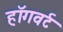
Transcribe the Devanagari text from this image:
हॉगवर्ट